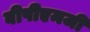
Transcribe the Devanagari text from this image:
बीपीएमजी